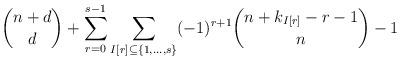
LaTeX: \begin{align*}\binom{n+d}{d}+\sum_{r=0}^{s-1}\sum_{I[r]\subseteq\{1,\dots,s\}}(-1)^{r+1}\binom{n+k_{I[r]}-r-1}{n}-1\end{align*}